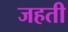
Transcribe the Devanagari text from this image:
जहती